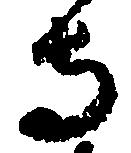
寺